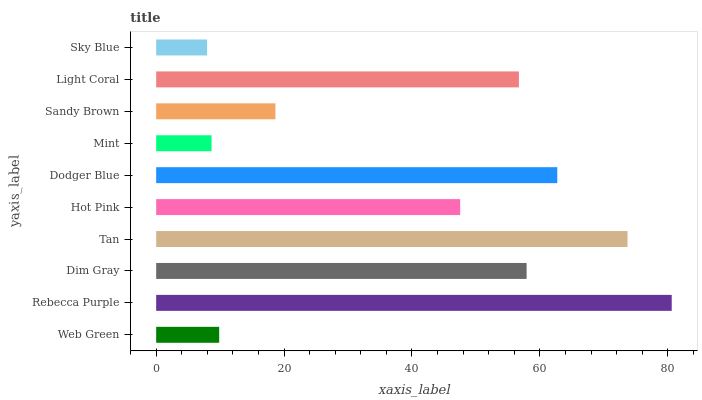
| yaxis_label | bars |
 | --- | --- |
 | Web Green | 9.85 |
 | Rebecca Purple | 80.6 |
 | Dim Gray | 57.9 |
 | Tan | 73.7 |
 | Hot Pink | 47.5 |
 | Dodger Blue | 62.7 |
 | Mint | 8.66 |
 | Sandy Brown | 18.6 |
 | Light Coral | 56.7 |
 | Sky Blue | 7.96 |